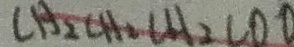
C H _ { 2 } C H _ { 2 } C H A _ { 2 } C O D